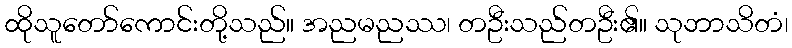
ထိုသူတော်ကောင်းတို့သည်။ အညမညဿ၊ တဦးသည်တဦး၏။ သုဘာသိတံ၊